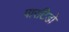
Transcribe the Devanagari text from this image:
पारटिडो